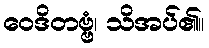
ဝေဒိတဗ္ဗံ၊ သိအပ်၏။